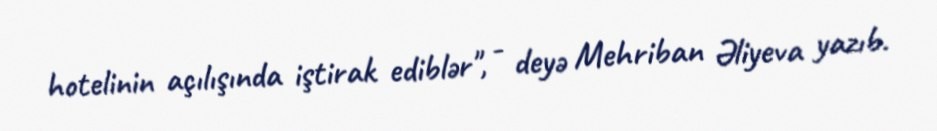
hotelinin açılışında iştirak ediblər", - deyə Mehriban Əliyeva yazıb.